Insane asylums Bombay 1873-77 - 1873-1877
Year: 1873
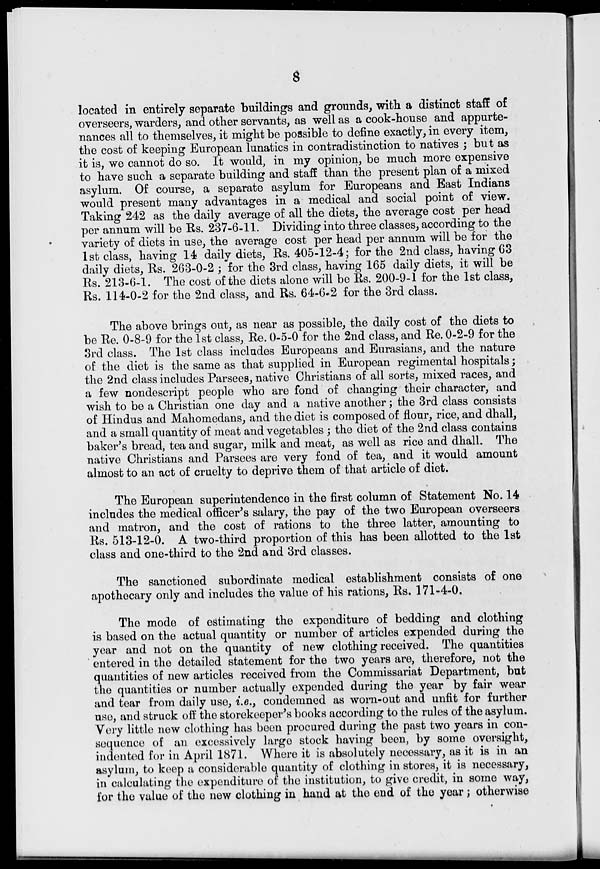
8
located in entirely separate buildings and grounds, with a distinct staff of
overseers, warders, and other servants, as well as a cook-house and appurte-
nances all to themselves, it might be possible to define exactly, in every item,
the cost of keeping European lunatics in contradistinction to natives ; but as
it is, we cannot do so. It would, in my opinion, be much more expensive
to have such a separate building and staff than the present plan of a mixed
asylum. Of course, a separate asylum for Europeans and East Indians
would present many advantages in a medical and social point of view.
Taking 242 as the daily average of all the diets, the average cost per head
per annum will be Rs. 237-6-11. Dividing into three classes, according to the
variety of diets in use, the average cost per head per annum will be for the
1st class, having 14 daily diets, Rs. 405-12-4; for the 2nd class, having 63
daily diets, Rs. 263-0-2 ; for the 3rd class, having 165 daily diets, it will be
Rs. 213-6-1. The cost of the diets alone will be Rs. 200-9-1 for the 1st class,
Rs. 114-0-2 for the 2nd class, and Rs. 64-6-2 for the 3rd class.
The above brings out, as near as possible, the daily cost of the diets to
be Re. 0-8-9 for the 1st class, Re. 0-5-0 for the 2nd class, and Re. 0-2-9 for the
3rd class. The 1st class includes Europeans and Eurasians, and the nature
of the diet is the same as that supplied in European regimental hospitals;
the 2nd class includes Parsees, native Christians of all sorts, mixed races, and
a few nondescript people who are fond of changing their character, and
wish to be a Christian one day and a native another; the 3rd class consists
of Hindus and Mahomedans, and the diet is composed of flour, rice, and dhall,
and a small quantity of meat and vegetables ; the diet of the 2nd class contains
baker's bread, tea and sugar, milk and meat, as well as rice and dhall. The
native Christians and Parsees are very fond of tea, and it would amount
almost to an act of cruelty to deprive them of that article of diet.
The European superintendence in the first column of Statement No. 14
includes the medical officer's salary, the pay of the two European overseers
and matron, and the cost of rations to the three latter, amounting to
Rs. 513-12-0. A two-third proportion of this has been allotted to the 1st
class and one-third to the 2nd and 3rd classes.
The sanctioned subordinate medical establishment consists of one
apothecary only and includes the value of his rations, Rs. 171-4-0.
The mode of estimating the expenditure of bedding and clothing
is based on the actual quantity or number of articles expended during the
year and not on the quantity of new clothing received. The quantities
entered in the detailed statement for the two years are, therefore, not the
quantities of new articles received from the Commissariat Department, but
the quantities or number actually expended during the year by fair wear
and tear from daily use, i.e., condemned as worn-out and unfit for further
use, and struck off the storekeeper's books according to the rules of the asylum.
Very little new clothing has been procured during the past two years in con-
sequence of an excessively large stock having been, by some oversight,
indented for in April 1871. Where it is absolutely necessary, as it is in an
asylum, to keep a considerable quantity of clothing in stores, it is necessary,
in calculating the expenditure of the institution, to give credit, in some way,
for the value of the new clothing in hand at the end of the year ; otherwise